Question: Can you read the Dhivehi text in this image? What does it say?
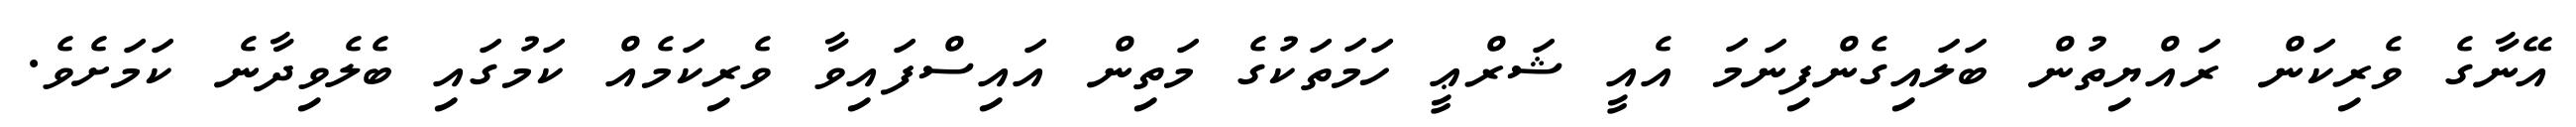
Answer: އޭނާގެ ވެރިކަން ރައްޔިތުން ބަލައިގެންފިނަމަ އެއީ ޝަރްޢީ ހަމަތަކުގެ މަތިން އައިސްފައިވާ ވެރިކަމެއް ކަމުގައި ބެލެވިދާނެ ކަމަށެވެ.